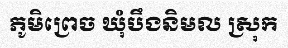
ភូមិព្រេច ឃុំបឹងនិមល ស្រុក